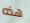
هذه